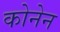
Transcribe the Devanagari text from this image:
कोनेन